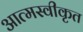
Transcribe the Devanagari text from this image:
आत्‍मस्‍वीकृत